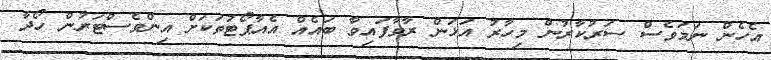
އެހެން ނަމަވެސް ސަރުކާރުން މިހާރު އަޅަން ރާވާފައިވާ ބައެއް އެއާޕޯޓުތަކަށް އިންވެސްޓަރުން ހޯދާ